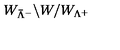
W _ { { \bar { \Lambda } } ^ { - } } \backslash W / W _ { \Lambda ^ { + } }